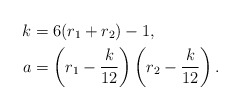
\begin{align*} k &= 6(r_1 + r_2) - 1,\\ a & = \left(r_1 - \frac k{12}\right)\left(r_2 - \frac k{12}\right).\end{align*}